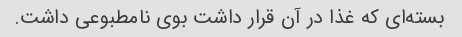
بسته‌ای که غذا در آن قرار داشت بوی نامطبوعی داشت.